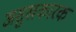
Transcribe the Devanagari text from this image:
असुखकारक